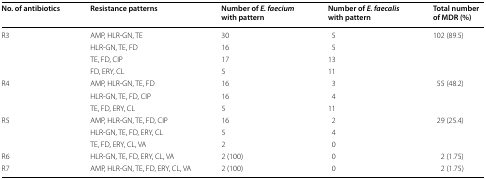
<table><thead><tr><td><b>No. of antibiotics</b></td><td><b>Resistance patterns</b></td><td><b>Number of <i>E. faecium</i> with pattern</b></td><td><b>Number of <i>E. faecalis</i> with pattern</b></td><td><b>Total number of MDR (%)</b></td></tr></thead><tbody><tr><td rowspan="4">R3</td><td>AMP, HLR-GN, TE</td><td>30</td><td>5</td><td rowspan="4">102 (89.5)</td></tr><tr><td>HLR-GN, TE, FD</td><td>16</td><td>5</td></tr><tr><td>TE, FD, CIP</td><td>17</td><td>13</td></tr><tr><td>FD, ERY, CL</td><td>5</td><td>11</td></tr><tr><td rowspan="3">R4</td><td>AMP, HLR-GN, TE, FD</td><td>16</td><td>3</td><td rowspan="3">55 (48.2)</td></tr><tr><td>HLR-GN, TE, FD, CIP</td><td>16</td><td>4</td></tr><tr><td>TE, FD, ERY, CL</td><td>5</td><td>11</td></tr><tr><td rowspan="3">R5</td><td>AMP, HLR-GN, TE, FD, CIP</td><td>16</td><td>2</td><td rowspan="3">29 (25.4)</td></tr><tr><td>HLR-GN, TE, FD, ERY, CL</td><td>5</td><td>4</td></tr><tr><td>TE, FD, ERY, CL, VA </td><td>2</td><td>0</td></tr><tr><td>R6</td><td>HLR-GN, TE, FD, ERY, CL, VA</td><td>2 (100)</td><td>0</td><td>2 (1.75)</td></tr><tr><td>R7</td><td>AMP, HLR-GN, TE, FD, ERY, CL, VA</td><td>2 (100)</td><td>0</td><td>2 (1.75)</td></tr></tbody></table>